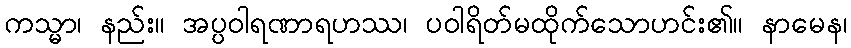
ကသ္မာ၊ နည်း။ အပ္ပဝါရဏာရဟဿ၊ ပဝါရိတ်မထိုက်သောဟင်း၏။ နာမေန၊